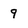
Character: 9